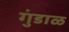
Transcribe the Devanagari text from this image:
गुंडाळ